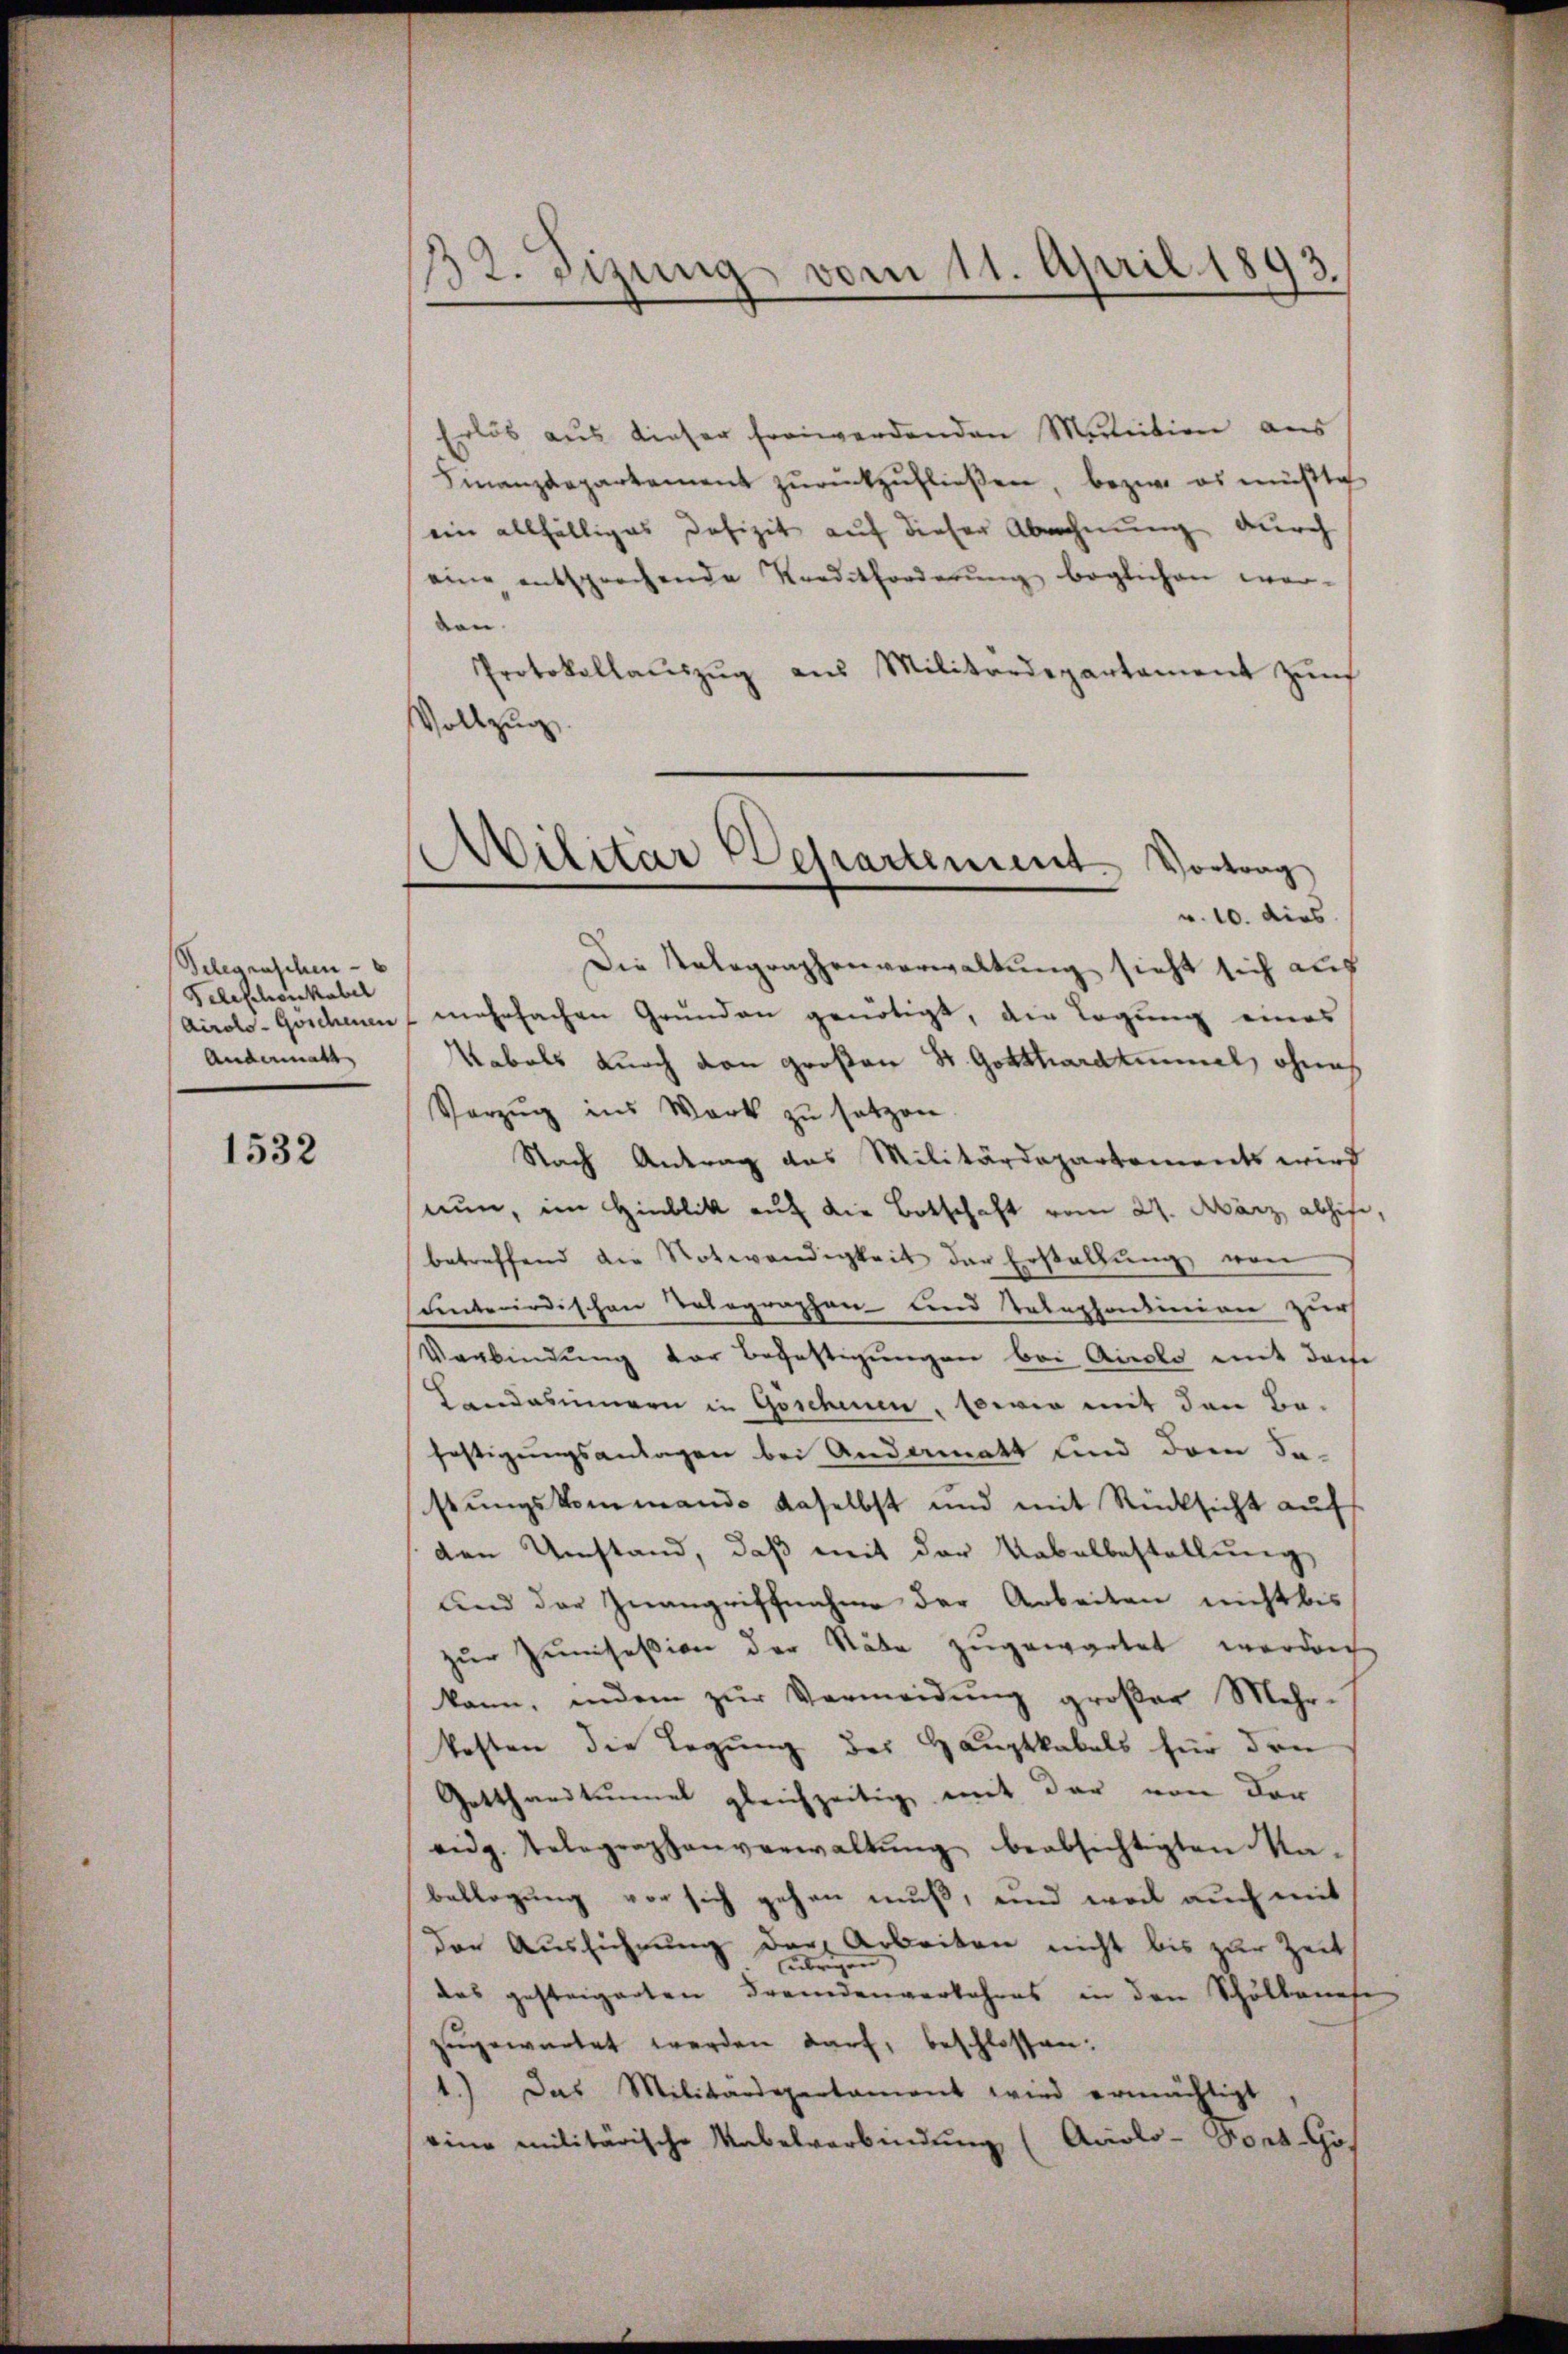
Scheuraschen
Peleschickabel
Andermatt

1532

32. Sizung vom 11. April 1893.

Erlös aus dieser freiwerdenden Martition aus
Finanzdepartement zŭrückzufließen, bezw. es müßte
ein allfälliges Defizit auf dieser Abrechnung durch
eine entsprechende Traditforderŭng beglichen wer-
ben.
Protokollaŭszŭg ans Militärdepartament zŭr
Vollzug.
Die Telegraphenverwaltung sieht sich auf
Airolo-Goschen mehrfachen Grunden genötigt, die Tagung eines
Rabals durch den großen St. Gotthardtunnel, ohnes
Vorzug ins Werk zu setzen.
Nach Antrag das Militärdepartements wird
nun, im Hinblik auf die Botschaft vom 21. März abhife,
betreffend die Notwendigkeit der Erstellŭng von
santerirdischen Tolographen und Telephondinien zur
Verbindung vor Befestigungen bei Airolo mit doce
Landesimmern in Göschenen, sowie mit den Befestigungsanlagen bei Andammatt sind dem Sa-
sstungskommando daselbst und mit Rücksicht auf
den Umstand, daß mit der Uebelbestellung
und der Inangriffnahme der Arbeiten nicht bis
zŭr Zinsession der Stäbe zugewartet werden
kann, indem zŭr Vermeidŭng großer Mehr-
kosten die Legung des Hauptkabels für den
Gottharitumel gleichzeitig mit der von der
eidg. Telegraphenverwaltung beabsichtigten Rabeklegung vor sich gehen muß, und weil auch mit
der Ausführung der Arbeiten nicht bis zur Zeit
das gesteigerten Fremdenverkehres in den Schulkanete
zugewartet werden darf, beschlossen:
1.) Das Militärdepartament wird ermächtigt,
eine militärische Nebelverbindung (Aciolo-Fort-Gös

.
Militär Departement. Vortrag
v. 10. dies